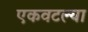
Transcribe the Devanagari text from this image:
एकवटल्या